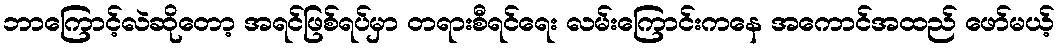
ဘာကြောင့်လဲဆိုတော့ အရင်ဖြစ်ရပ်မှာ တရားစီရင်ရေး လမ်းကြောင်းကနေ အကောင်အထည် ဖော်မယ့်